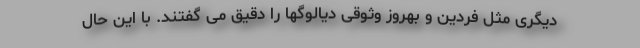
ديگرى مثل فردين و بهروز وثوقى ديالوگها را دقيق مى گفتند. با اين حال